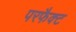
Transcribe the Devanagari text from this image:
परफैक्ट